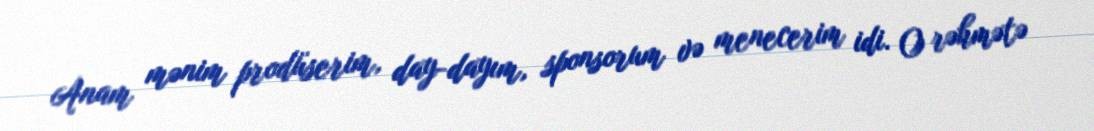
Anam mənim prodüserim, day-dayım, sponsorum və menecerim idi. O rəhmətə